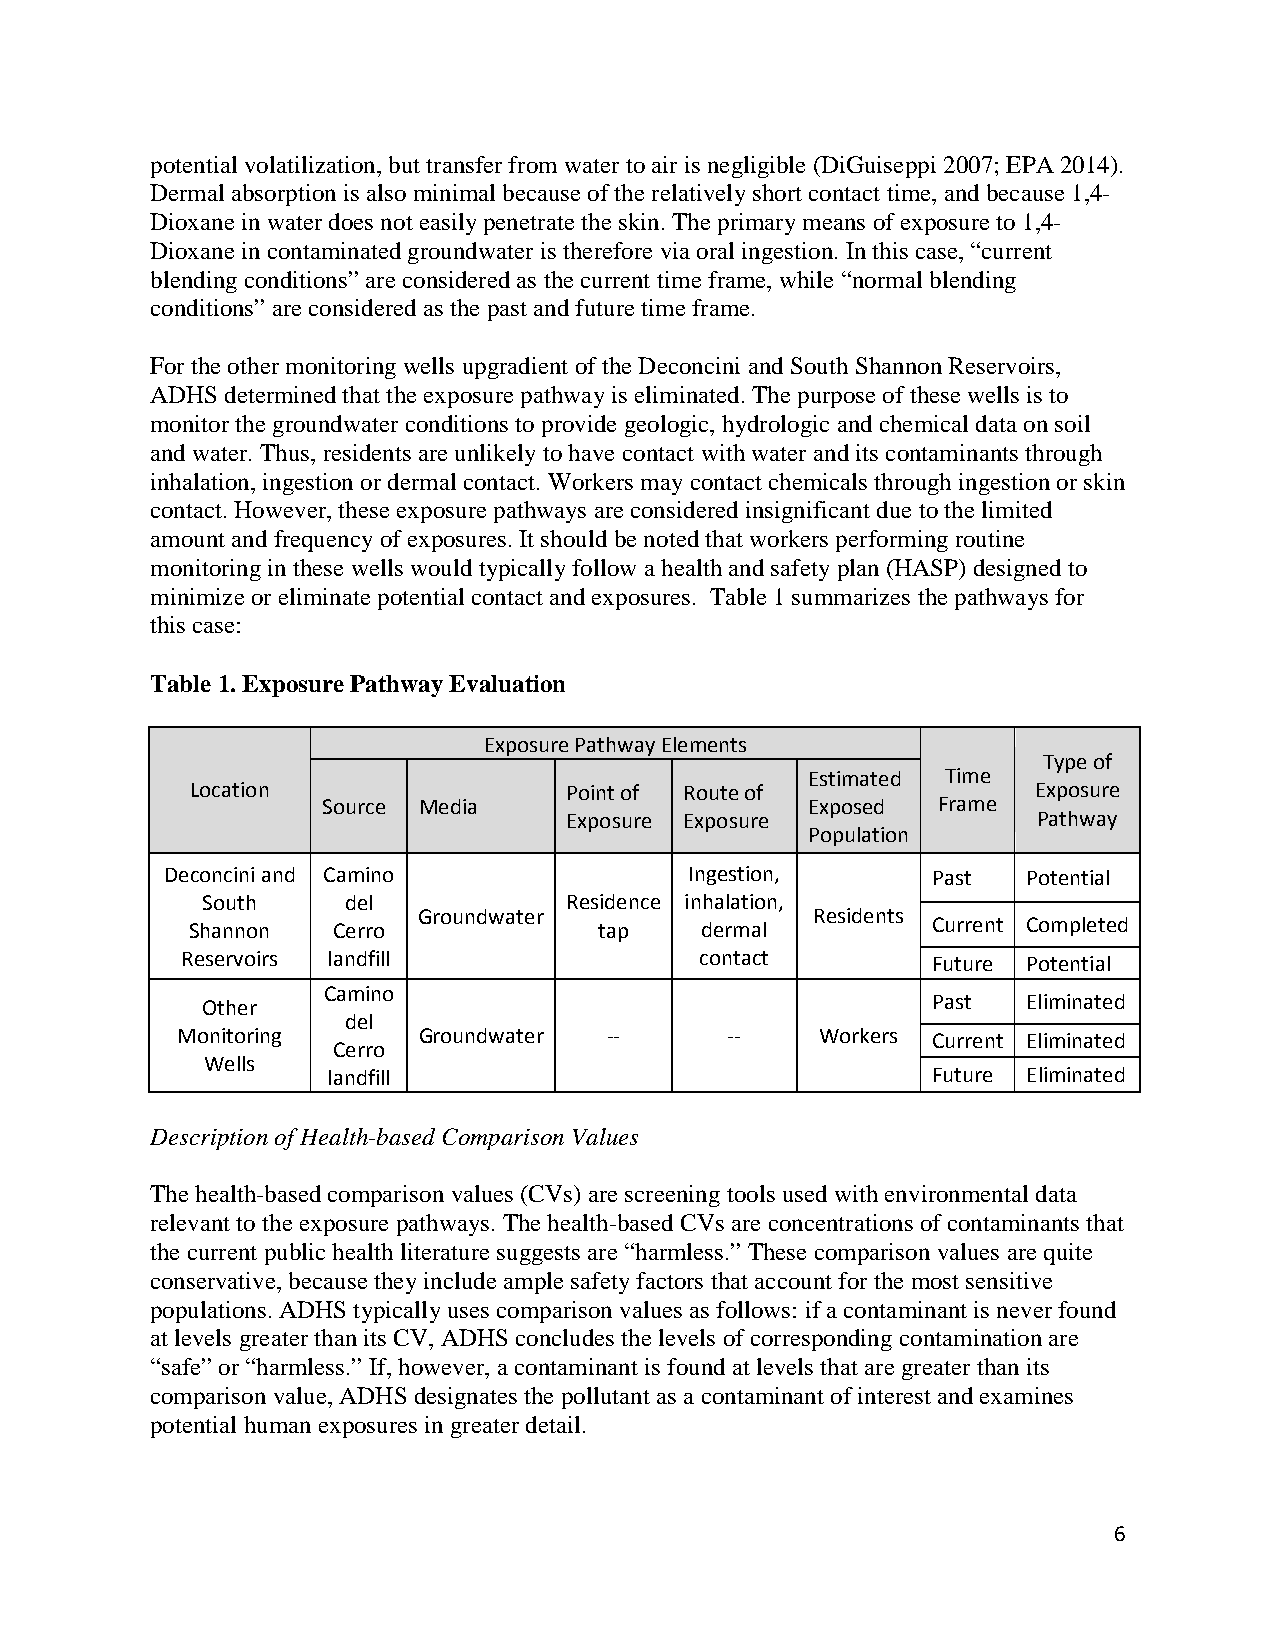
potential volatilization, but transfer from water to air is negligible (DiGuiseppi 2007; EPA 2014).
 Dermal absorption is also minimal because of the relatively short contact time, and because 1,4-
 Dioxane in water does not easily penetrate the skin. The primary means of exposure to 1,4-
 Dioxane in contaminated groundwater is therefore via oral ingestion. In this case, “current
 blending conditions” are considered as the current time frame, while “normal blending
 conditions” are considered as the past and future time frame.
 For the other monitoring wells upgradient of the Deconcini and South Shannon Reservoirs,
 ADHS determined that the exposure pathway is eliminated. The purpose of these wells is to
 monitor the groundwater conditions to provide geologic, hydrologic and chemical data on soil
 and water. Thus, residents are unlikely to have contact with water and its contaminants through
 inhalation, ingestion or dermal contact. Workers may contact chemicals through ingestion or skin
 contact. However, these exposure pathways are considered insignificant due to the limited
 amount and frequency of exposures. It should be noted that workers performing routine
 monitoring in these wells would typically follow a health and safety plan (HASP) designed to
 minimize or eliminate potential contact and exposures. Table 1 summarizes the pathways for
 this case:
 Table 1. Exposure Pathway Evaluation
 Exposure Pathway Elements
 Type of
 Estimated Time
 Location                Point of Route of              Exposure
 Source Media                    Exposed  Frame
 Exposure Exposure               Pathway
 Population
 Deconcini and Camino               Ingestion,      Past  Potential
 South     del           Residence inhalation,
 Groundwater               Residents
 Shannon   Cerro             tap   dermal          Current Completed
 Reservoirs landfill               contact         Future Potential
 Camino
 Other                                            Past  Eliminated
 del
 Monitoring      Groundwater --      --    Workers Current Eliminated
 Cerro
 Wells
 landfill                                Future Eliminated
 Description of Health-based Comparison Values
 The health-based comparison values (CVs) are screening tools used with environmental data
 relevant to the exposure pathways. The health-based CVs are concentrations of contaminants that
 the current public health literature suggests are “harmless.” These comparison values are quite
 conservative, because they include ample safety factors that account for the most sensitive
 populations. ADHS typically uses comparison values as follows: if a contaminant is never found
 at levels greater than its CV, ADHS concludes the levels of corresponding contamination are
 “safe” or “harmless.” If, however, a contaminant is found at levels that are greater than its
 comparison value, ADHS designates the pollutant as a contaminant of interest and examines
 potential human exposures in greater detail.
 6